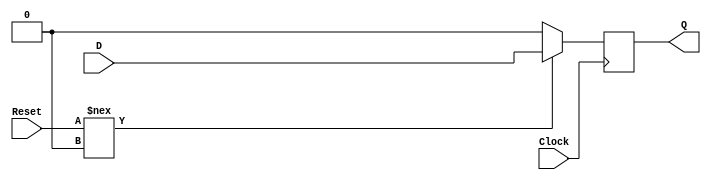
module dff(D, Q, Clock, Reset);
    input D;
    output Q;
    input Clock;
    input Reset;
	 parameter CARDINALITY = 1;
	 reg [CARDINALITY-1:0] Q;
	 wire [CARDINALITY-1:0] D;
always @(posedge Clock) 
if (Reset !== 0) #1 Q = D;
else 
Q = 0;
endmodule